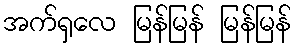
အက်ရှလေ မြန်မြန် မြန်မြန်